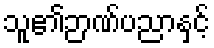
သူ၏ဉာဏ်ပညာနှင့်